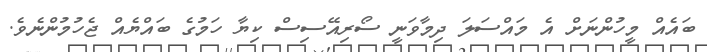
ބައެއް މީހުންނަށް އެ މައްސަލަ ދިމާވަނީ ސޯރިއޭސިސް ކިޔާ ހަމުގެ ބައްޔެއް ޖެހުމުންނެވެ.